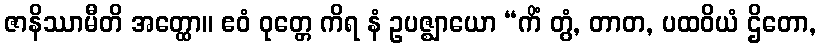
ဇာနိဿာမီတိ အတ္ထော။ ဧဝံ ဝုတ္တေ ကိရ နံ ဥပဇ္ဈာယော “ကိံ တွံ, တာတ, ပထဝိယံ ဌိတော,